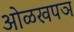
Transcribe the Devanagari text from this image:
ओळखपञ